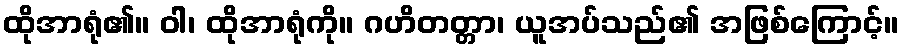
ထိုအာရုံ၏။ ဝါ၊ ထိုအာရုံကို။ ဂဟိတတ္တာ၊ ယူအပ်သည်၏ အဖြစ်ကြောင့်။